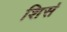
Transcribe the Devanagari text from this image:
शिसं